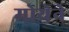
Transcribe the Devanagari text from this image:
मोयेने